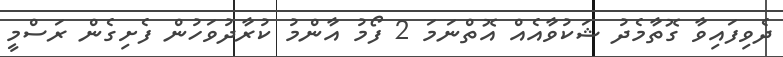
ދެވިފައިވާ ގޮތާމެދު ޝަކުވާއެއް އޮތްނަމަ 2 ފޯމު އާންމު ކުރާދުވަހުން ފެށިގެން ރަސްމީ